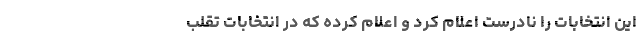
این انتخابات را نادرست اعلام کرد و اعلام کرده که در انتخابات تقلب